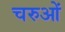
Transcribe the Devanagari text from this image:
चरुओं